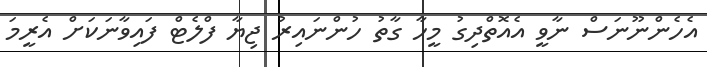
އެހެންނޫނަސް ނާވީ އެއޮތްދިގު މީހާ ގާތު ހުންނައިރު ޖިޔާ ފްލެޓް ފައިވާނަކަށް އެރީމަ